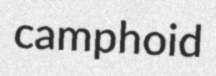
camphoid